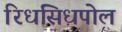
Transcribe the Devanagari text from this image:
रिधसिधपोल